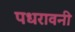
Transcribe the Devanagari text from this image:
पधरावनी